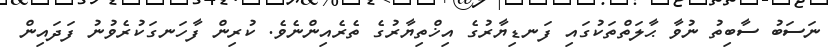
ނަސަބު ސާބިތު ނުވާ ޙާލަތްތަކުގައި ފަނޑިޔާރުގެ އިޚްތިޔާރުގެ ތެރެއިންނެވެ. ކުރިން ފާހަނގަކުރެވުނު ފަދައިން